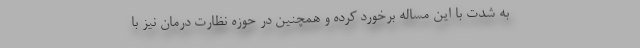
به شدت با این مساله برخورد کرده و همچنین در حوزه نظارت درمان نیز با